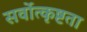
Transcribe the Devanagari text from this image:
सर्वोत्कृष्टता